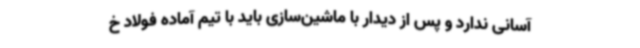
آسانی ندارد و پس از دیدار با ماشین‌سازی باید با تیم آماده فولاد خ